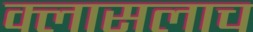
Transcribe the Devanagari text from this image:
क्लासलाच